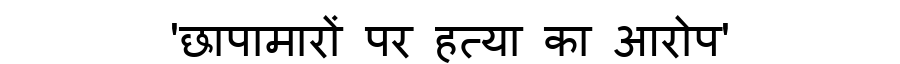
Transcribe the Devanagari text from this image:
'छापामारों पर हत्या का आरोप'